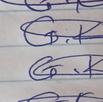
Signature authenticity: genuine